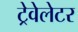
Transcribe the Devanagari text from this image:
ट्रेवेलेटर